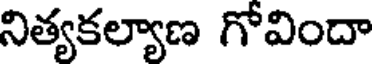
నిత్యకల్యాణ గోవిందా